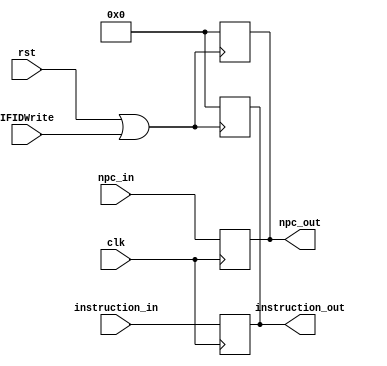
/*
Latch which passes data from the Fetch Stage to
the Decode Stage.
*/

module 	IF_ID(
				input wire clk, rst, IFIDWrite,
				input wire [31:0] instruction_in, npc_in,
				output reg [31:0] instruction_out, npc_out
			);

always @(posedge rst || IFIDWrite)
begin
	instruction_out <= 0;
	npc_out <=0;
end

always @(posedge clk) 
begin
	instruction_out <= instruction_in;
	npc_out <= npc_in;
end

endmodule